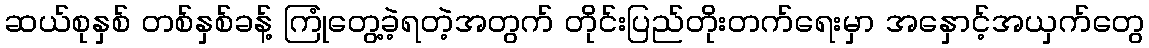
ဆယ်စုနှစ် တစ်နှစ်ခန့် ကြုံတွေ့ခဲ့ရတဲ့အတွက် တိုင်းပြည်တိုးတက်ရေးမှာ အနှောင့်အယှက်တွေ